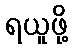
ရယူဖို့